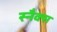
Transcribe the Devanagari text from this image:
स्‍नैक्‍स